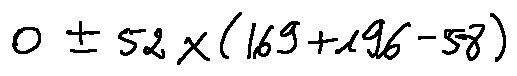
0 \pm 5 2 \times ( 1 6 9 + 1 9 6 - 5 8 )